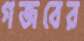
গজবের